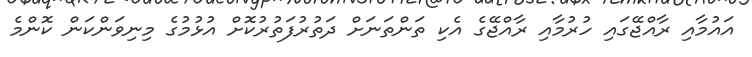
އައުމާއި ރާއްޖޭގައި ހުރުމާއި ރާއްޖޭގެ އެކި ތަންތަނަށް ދަތުރުފަތުރުކޮށް އުޅުމުގެ މިނިވަންކަން ކޮންމެ